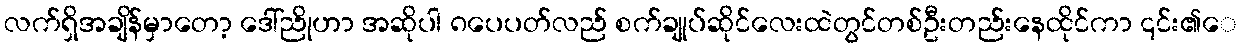
လက်ရှိအချိန်မှာတော့ ဒေါ်ညိုဟာ အဆိုပါ ၈ပေပတ်လည် စက်ချုပ်ဆိုင်လေးထဲတွင်တစ်ဦးတည်းနေထိုင်ကာ ၎င်း၏ေ